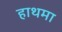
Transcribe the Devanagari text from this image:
हाथमा